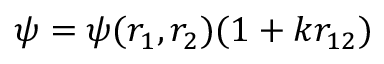
\psi = \psi ( r _ { 1 } , r _ { 2 } ) ( 1 + k r _ { 1 2 } )